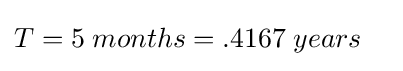
{\begin{aligned}T&=5\;months=.4167\;years\end{aligned}}